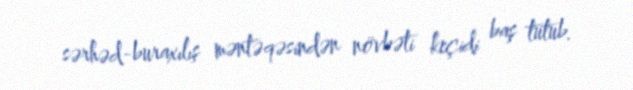
sərhəd-buraxılış məntəqəsindən növbəti keçidi baş tutub.